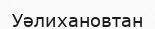
Уәлихановтан